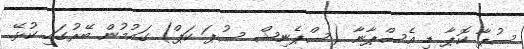
ސުޕާ ކޮޕާ ޑި އެސްޕާނާ (ސްޕެނިޝް ސުޕަ ކަޕް) ގައުމުން ބޭރުގައި ކުޅޭ